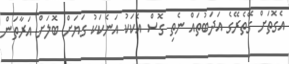
އެގޮތަށް ގޭތެރޭގެ އަދަބުތައް ނެތި ގޮސް އެކަކު އަނެކަކު ގަޔަށް ބޮލަށް އަރާތަން